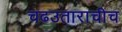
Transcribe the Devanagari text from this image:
चढउताराचीच